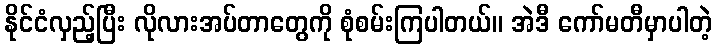
နိုင်ငံလှည့်ပြီး လိုလားအပ်တာတွေကို စုံစမ်းကြပါတယ်။ အဲဒီ ကော်မတီမှာပါတဲ့